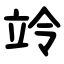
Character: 竛